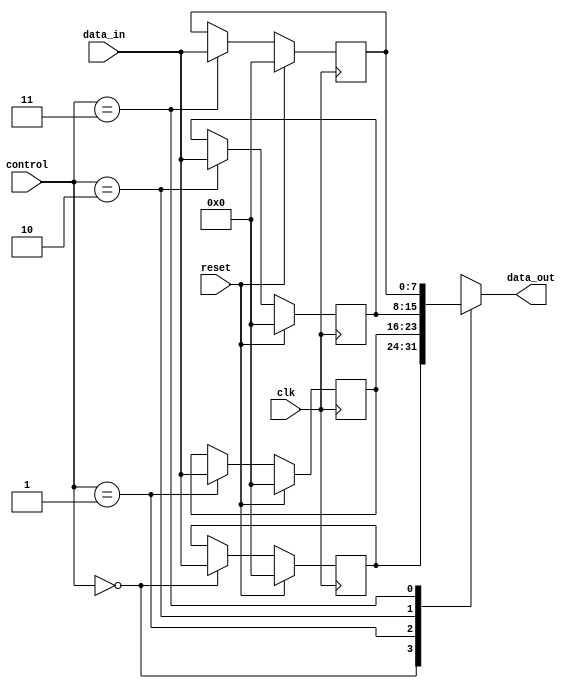
module Bypass_Register(
    input wire clk,
    input wire reset,
    input wire [1:0] control,
    input wire [7:0] data_in,
    output reg [7:0] data_out
);

reg [7:0] reg1, reg2, reg3, reg4;

always @(posedge clk) begin
    if (reset) begin
        reg1 <= 8'b0;
        reg2 <= 8'b0;
        reg3 <= 8'b0;
        reg4 <= 8'b0;
    end else begin
        case (control)
            2'b00: begin
                reg1 <= data_in;
            end
            2'b01: begin
                reg2 <= data_in;
            end
            2'b10: begin
                reg3 <= data_in;
            end
            2'b11: begin
                reg4 <= data_in;
            end
        endcase
    end
end

always @* begin
    case (control)
        2'b00: begin
            data_out = reg1;
        end
        2'b01: begin
            data_out = reg2;
        end
        2'b10: begin
            data_out = reg3;
        end
        2'b11: begin
            data_out = reg4;
        end
    endcase
end

endmodule